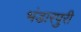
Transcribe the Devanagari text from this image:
भंडारपुरी